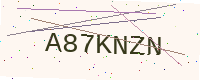
Text: A87KNZN